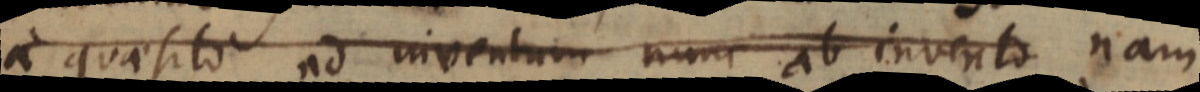
a quaesito ad inventum nunc ab invento nam